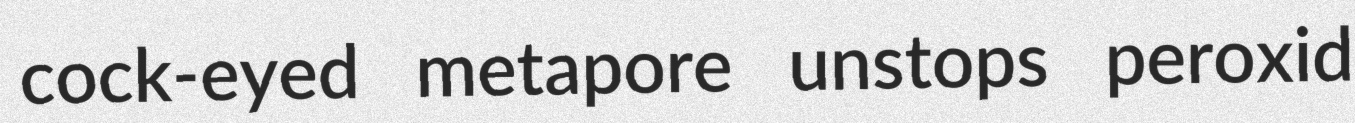
cock-eyed metapore unstops peroxid